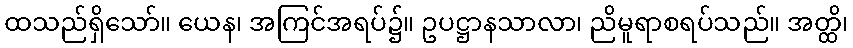
ထသည်ရှိသော်။ ယေန၊ အကြင်အရပ်၌။ ဥပဋ္ဌာနသာလာ၊ ညိမူရာစရပ်သည်။ အတ္ထိ၊